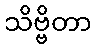
သိဗ္ဗိတာ